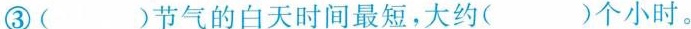
③( )节气的白天时间最短，大约( )个小时。